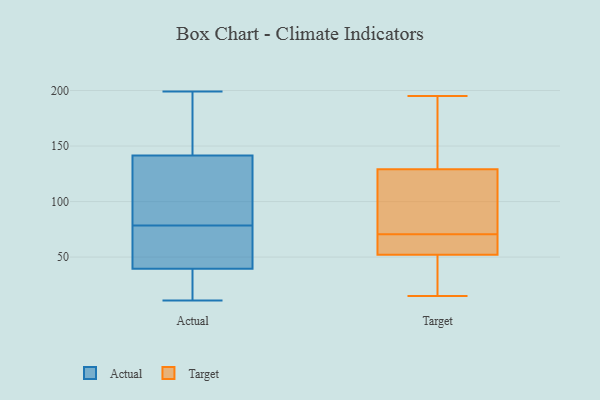
{"axis": {"x": "Tickets Resolved", "y": "Value"}, "legend": ["Actual", "Target"], "data": [{"x": "", "y": 110, "type": "Actual"}, {"x": "", "y": 56, "type": "Actual"}, {"x": "", "y": 34, "type": "Actual"}, {"x": "", "y": 140, "type": "Actual"}, {"x": "", "y": 45, "type": "Actual"}, {"x": "", "y": 30, "type": "Actual"}, {"x": "", "y": 199, "type": "Actual"}, {"x": "", "y": 76, "type": "Actual"}, {"x": "", "y": 81, "type": "Actual"}, {"x": "", "y": 143, "type": "Actual"}, {"x": "", "y": 177, "type": "Actual"}, {"x": "", "y": 11, "type": "Actual"}, {"x": "", "y": 129, "type": "Target"}, {"x": "", "y": 119, "type": "Target"}, {"x": "", "y": 15, "type": "Target"}, {"x": "", "y": 122, "type": "Target"}, {"x": "", "y": 52, "type": "Target"}, {"x": "", "y": 74, "type": "Target"}, {"x": "", "y": 25, "type": "Target"}, {"x": "", "y": 138, "type": "Target"}, {"x": "", "y": 100, "type": "Target"}, {"x": "", "y": 67, "type": "Target"}, {"x": "", "y": 195, "type": "Target"}, {"x": "", "y": 65, "type": "Target"}, {"x": "", "y": 134, "type": "Target"}, {"x": "", "y": 45, "type": "Target"}, {"x": "", "y": 20, "type": "Target"}, {"x": "", "y": 61, "type": "Target"}, {"x": "", "y": 192, "type": "Target"}, {"x": "", "y": 53, "type": "Target"}]}